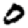
Digit: 0